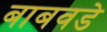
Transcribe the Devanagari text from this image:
बाबवडे